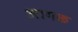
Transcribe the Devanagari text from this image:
अागळ